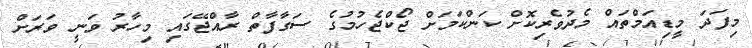
މިފަދަ މީޑިއަމްތައް މެދުވެރިކޮށް ކަންކަމަށް ޖޯކްޖެހުމުގެ ސަގާފާތް ރާއްޖޭގައި މިހާރު ވަނީ ވަރަށް